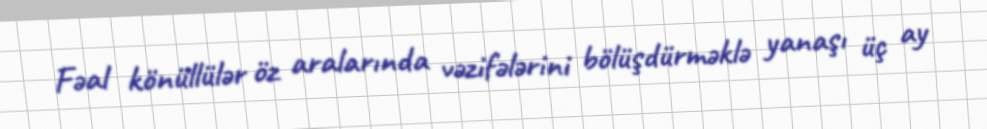
Fəal könüllülər öz aralarında vəzifələrini bölüşdürməklə yanaşı üç ay